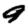
Digit: 9